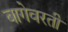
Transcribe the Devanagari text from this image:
बागेवरती